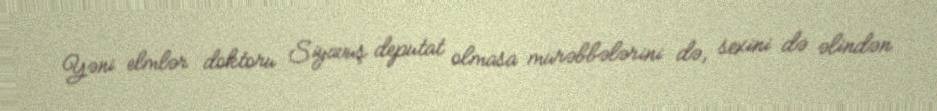
Yəni elmlər doktoru Siyavuş deputat olmasa mürəbbələrini də, sexini də əlindən